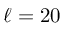
\ell = 2 0